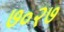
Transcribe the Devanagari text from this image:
७०२७